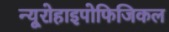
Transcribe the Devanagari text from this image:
न्यूरोहाइपोफिजिकल